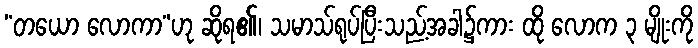
“တယော လောကာ”ဟု ဆိုရ၏၊ သမာသ်ရုပ်ပြီးသည့်အခါ၌ကား ထို လောက ၃ မျိုးကို